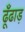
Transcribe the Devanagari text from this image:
ढूँढाड़